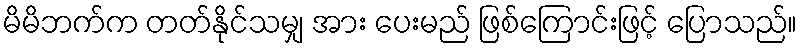
မိမိဘက်က တတ်နိုင်သမျှ အား ပေးမည် ဖြစ်ကြောင်းဖြင့် ပြောသည်။